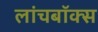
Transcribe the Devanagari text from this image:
लांचबॉक्स